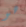
هو